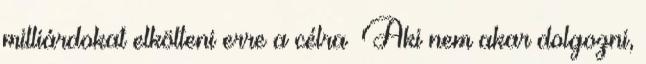
milliárdokat elkölteni erre a célra Aki nem akar dolgozni,